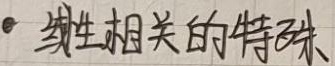
● 线性相关的特殊情况